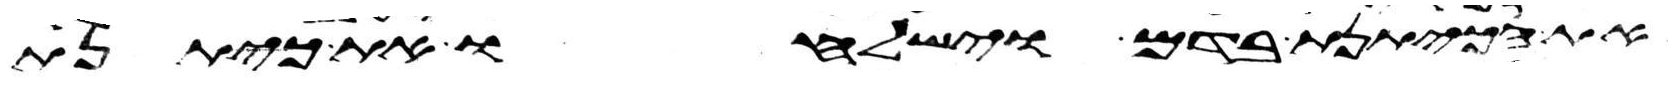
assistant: את הכיתנת בדם וישלחו את כיתנת